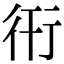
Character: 衎